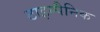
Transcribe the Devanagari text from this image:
टाइम्पैनिक